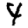
Digit: 4